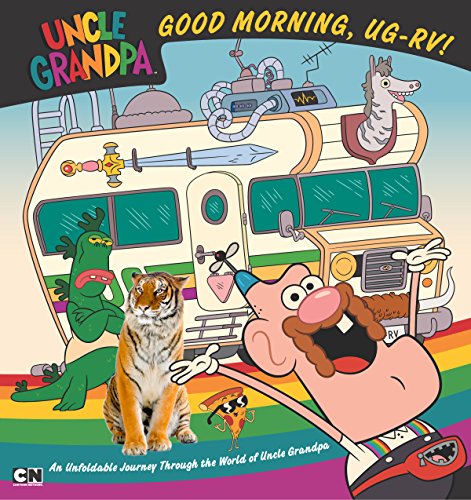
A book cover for Good Morning, UG-RV!: An Unfoldable Journey Through the World of Uncle Grandpa; Brandon T. Snider; Children's Books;